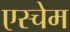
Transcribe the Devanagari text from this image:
एस्चेम